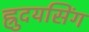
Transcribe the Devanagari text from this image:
ह्रुदयसिंग